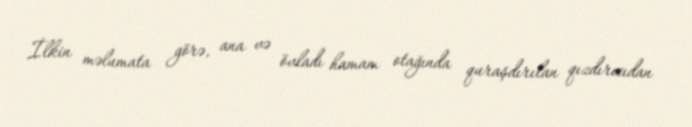
İlkin məlumata görə, ana və övladı hamam otağında quraşdırılan qızdırıcıdan